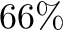
6 6 \%